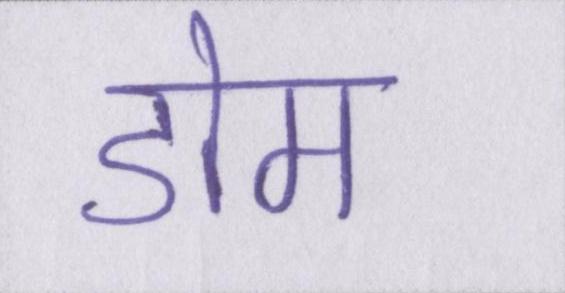
डोम